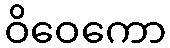
ဝိဝေကော